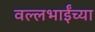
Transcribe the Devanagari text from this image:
वल्लभाईंच्या